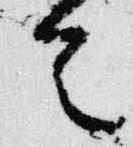
首